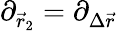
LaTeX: \partial_{\vec{r}_{2}}=\partial_{\Delta\vec{r}}